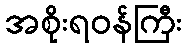
အစိုးရဝန်ကြီး